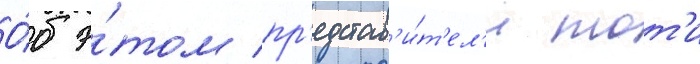
О́б э́том пр'едстав'и́т'ел'и тот'и